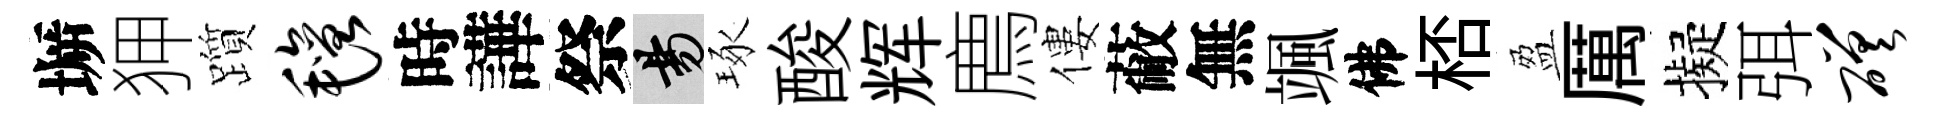
󶱲狎躓毡時譁祭昜琢酸辉廌僂蔽無颯佛桮盈厲擬弭磋